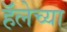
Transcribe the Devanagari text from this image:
हॅलेच्या